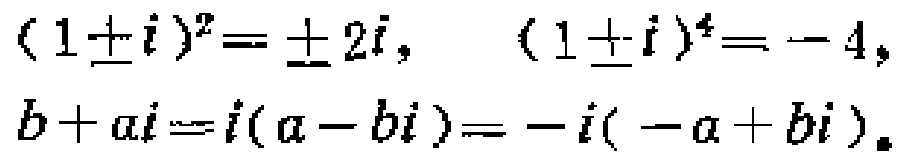
\((1\pm i)^2 = \pm 2i, \quad (1\pm i)^4 = - 4, \\
b + ai = i(a - bi)= -i(-a + bi)。\)